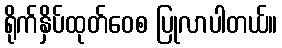
ရိုက်နှိပ်ထုတ်ဝေစ ပြုလာပါတယ်။